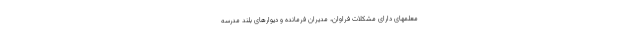
معلمهای دارای مشکلات فراوان، مدیران فرمانده و دیوارهای بلند مدرسه